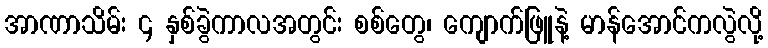
အာဏာသိမ်း ၄ နှစ်ခွဲကာလအတွင်း စစ်တွေ၊ ကျောက်ဖြူနဲ့ မာန်အောင်ကလွဲလို့